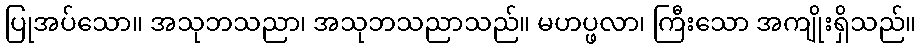
ပြုအပ်သော။ အသုဘသညာ၊ အသုဘသညာသည်။ မဟပ္ဖလာ၊ ကြီးသော အကျိုးရှိသည်။